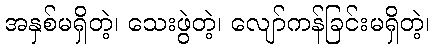
အနှစ်မရှိတဲ့၊ သေးဖွဲတဲ့၊ လျော်ကန်ခြင်းမရှိတဲ့၊